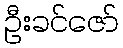
ဦးခင်ဇော်